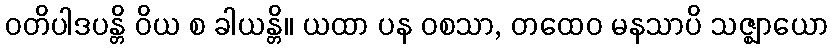
ဝတိပါဒပန္တိ ဝိယ စ ခါယန္တိ။ ယထာ ပန ဝစသာ, တထေဝ မနသာပိ သဇ္ဈာယော